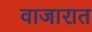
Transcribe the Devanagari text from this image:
वाजारात